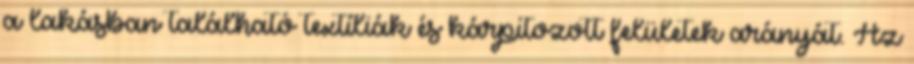
a lakásban található textíliák és kárpitozott felületek arányát. Az